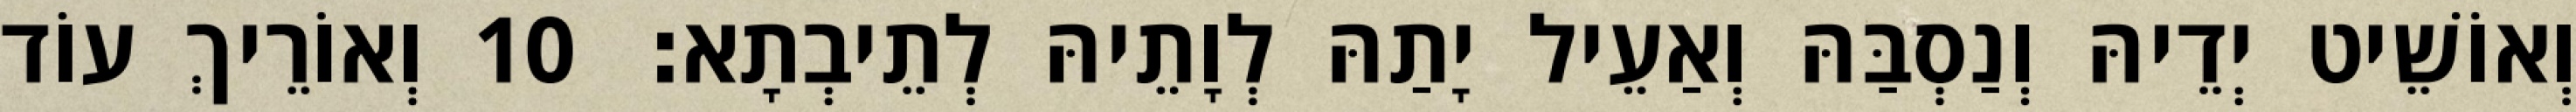
וְאוֹשֵׁיט יְדֵיהּ וְנַסְבַּהּ וְאַעֵיל יָתַהּ לְוָתֵיהּ לְתֵיבְתָא׃ 10 וְאוֹרֵיךְ עוֹד